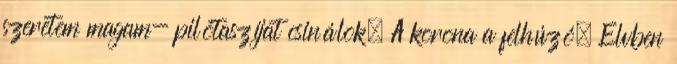
szeretem magam- pilótaszíjat csinálok. A korona a felhúzó. Elvben